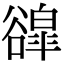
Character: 𧯌